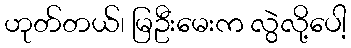
ဟုတ်တယ်၊ မြဦးမေးက လွဲလို့ပေါ့